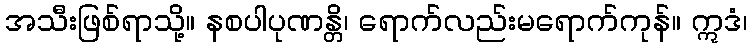
အသီးဖြစ်ရာသို့။ နစပါပုဏန္တိ၊ ရောက်လည်းမရောက်ကုန်။ ဣဒံ၊